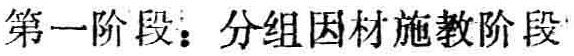
第一阶段：分组因材施教阶段